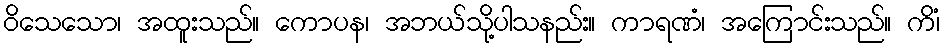
ဝိသေသော၊ အထူးသည်။ ကောပန၊ အဘယ်သို့ပါသနည်း။ ကာရဏံ၊ အကြောင်းသည်။ ကိံ၊